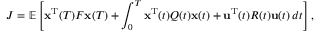
J = \mathbb { E } \left[ { \mathbf { x } ^ { \mathrm { T } } } ( T ) F { \mathbf { x } } ( T ) + \int _ { 0 } ^ { T } { \mathbf { x } ^ { \mathrm { T } } } ( t ) Q ( t ) { \mathbf { x } } ( t ) + { \mathbf { u } ^ { \mathrm { T } } } ( t ) R ( t ) { \mathbf { u } } ( t ) \, d t \right] ,